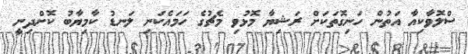
ސްލޮވާކިއާ އަތުން ހަނިގޮތަކަށް ރަޝިޔާ މޮޅުވި މެޗުގެ ހަމައެކަނި ލަނޑު ކާމިޔާބު ކޮށްދިނީ